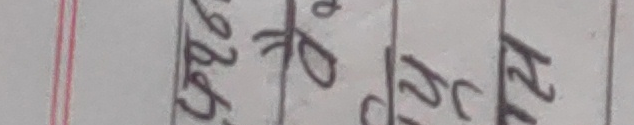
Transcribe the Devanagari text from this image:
अव्यक्त कछु धरोहर नरक